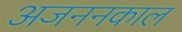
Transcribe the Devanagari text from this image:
अजननकाल